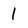
Character: l